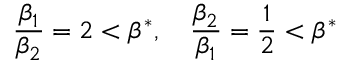
\frac { \beta _ { 1 } } { \beta _ { 2 } } = 2 < \beta ^ { * } , \quad \frac { \beta _ { 2 } } { \beta _ { 1 } } = \frac { 1 } { 2 } < \beta ^ { * }